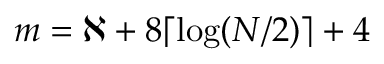
m = \aleph + 8 \lceil \log ( N / 2 ) \rceil + 4